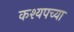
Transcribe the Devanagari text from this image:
कश्यपच्या